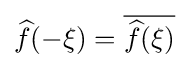
{\widehat {f}}(-\xi )={\overline {{\widehat {f}}(\xi )}}